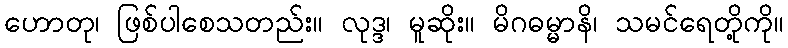
ဟောတု၊ ဖြစ်ပါစေသတည်း။ လုဒ္ဒ၊ မူဆိုး။ မိဂဓမ္မာနိ၊ သမင်ရေတို့ကို။